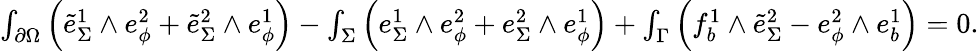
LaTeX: \begin{array}{r}{\int_{\partial\Omega}\Big(\tilde{e}_{\Sigma}^{1}\wedge e_{\phi}^{2}+\tilde{e}_{\Sigma}^{2}\wedge e_{\phi}^{1}\Big)-\int_{\Sigma}\Big(e_{\Sigma}^{1}\wedge e_{\phi}^{2}+e_{\Sigma}^{2}\wedge e_{\phi}^{1}\Big)+\int_{\Gamma}\Big(f_{b}^{1}\wedge\tilde{e}_{\Sigma}^{2}-e_{\phi}^{2}\wedge e_{b}^{1}\Big)=0.}\end{array}